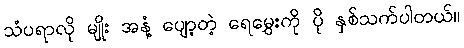
သံပရာလို မျိုး အနံ့ ပျော့တဲ့ ရေမွှေးကို ပို နှစ်သက်ပါတယ်။